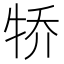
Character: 𪺭